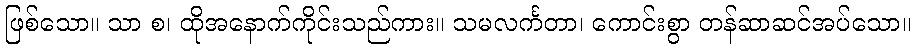
ဖြစ်သော။ သာ စ၊ ထိုအနောက်ကိုင်းသည်ကား။ သမလင်္ကတာ၊ ကောင်းစွာ တန်ဆာဆင်အပ်သော။